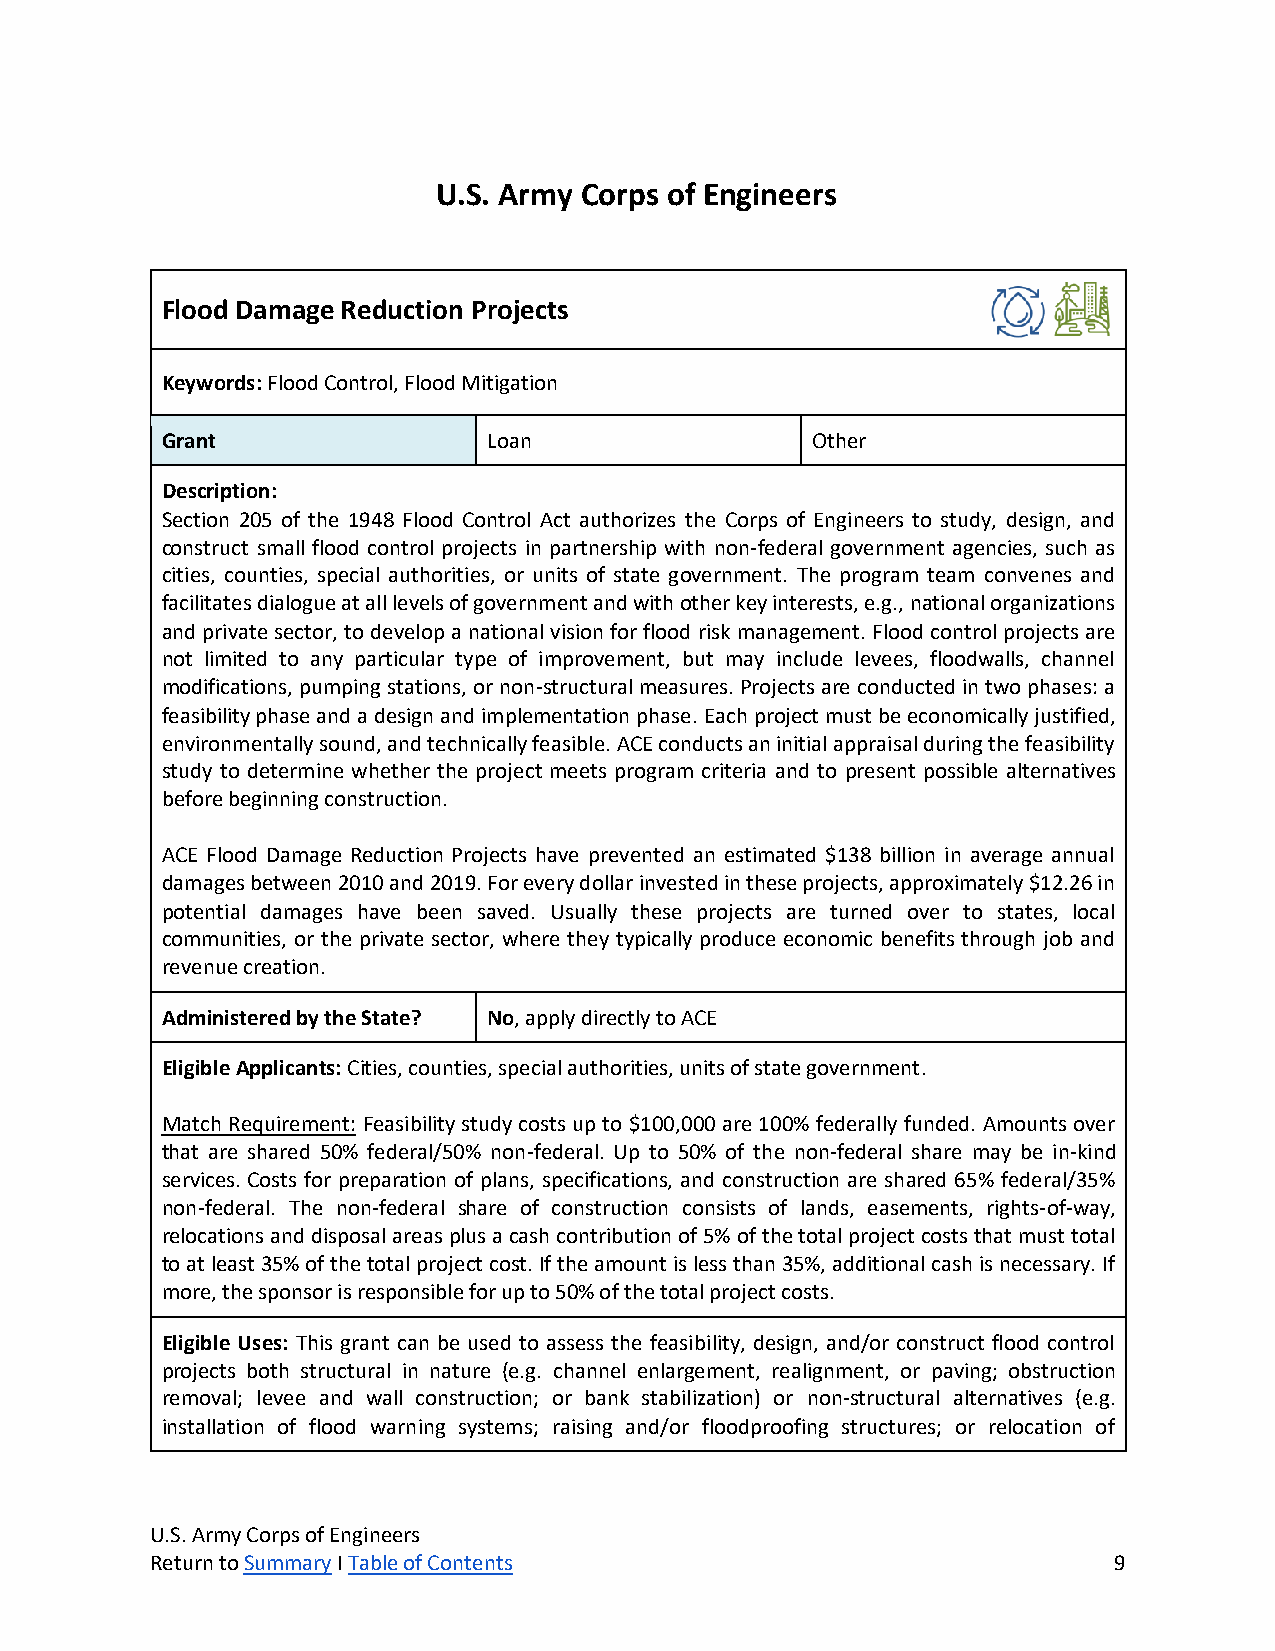
U.S. Army Corps of Engineers
 Flood Damage Reduction Projects
 Keywords: Flood Control, Flood Mitigation
 Grant                Loan                  Other
 Description:
 Section 205 of the 1948 Flood Control Act authorizes the Corps of Engineers to study, design, and
 construct small flood control projects in partnership with non-federal government agencies, such as
 cities, counties, special authorities, or units of state government. The program team convenes and
 facilitates dialogue at all levels of government and with other key interests, e.g., national organizations
 and private sector, to develop a national vision for flood risk management. Flood control projects are
 not limited to any particular type of improvement, but may include levees, floodwalls, channel
 modifications, pumping stations, or non-structural measures. Projects are conducted in two phases: a
 feasibility phase and a design and implementation phase. Each project must be economically justified,
 environmentally sound, and technically feasible. ACE conducts an initial appraisal during the feasibility
 study to determine whether the project meets program criteria and to present possible alternatives
 before beginning construction.
 ACE Flood Damage Reduction Projects have prevented an estimated $138 billion in average annual
 damages between 2010 and 2019. For every dollar invested in these projects, approximately $12.26 in
 potential damages have been saved. Usually these projects are turned over to states, local
 communities, or the private sector, where they typically produce economic benefits through job and
 revenue creation.
 Administered by the State? No, apply directly to ACE
 Eligible Applicants: Cities, counties, special authorities, units of state government.
 Match Requirement: Feasibility study costs up to $100,000 are 100% federally funded. Amounts over
 that are shared 50% federal/50% non-federal. Up to 50% of the non-federal share may be in-kind
 services. Costs for preparation of plans, specifications, and construction are shared 65% federal/35%
 non-federal. The non-federal share of construction consists of lands, easements, rights-of-way,
 relocations and disposal areas plus a cash contribution of 5% of the total project costs that must total
 to at least 35% of the total project cost. If the amount is less than 35%, additional cash is necessary. If
 more, the sponsor is responsible for up to 50% of the total project costs.
 Eligible Uses: This grant can be used to assess the feasibility, design, and/or construct flood control
 projects both structural in nature (e.g. channel enlargement, realignment, or paving; obstruction
 removal; levee and wall construction; or bank stabilization) or non-structural alternatives (e.g.
 installation of flood warning systems; raising and/or floodproofing structures; or relocation of
 U.S. Army Corps of Engineers
 Return to Summary I Table of Contents                           9